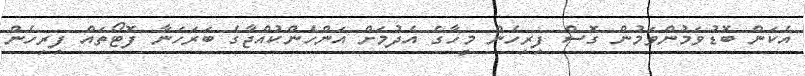
އެކަން ބޮޑުވަމުންވަމުން ގޮސް ފިރިހެން މީހާގެ އެދުމަށް އަންހެންކުއްޖާގެ ބަރަހަނާ ފޮޓޯތައް ފިރިހެން